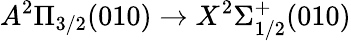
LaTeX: A^{2}\Pi_{3/2}(010)\rightarrow X^{2}\Sigma_{1/2}^{+}(010)